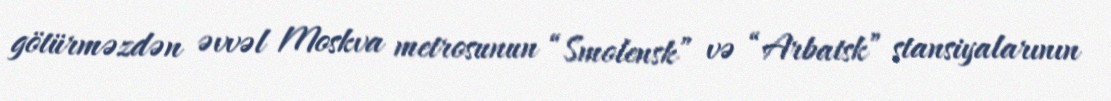
götürməzdən əvvəl Moskva metrosunun “Smolensk” və “Arbatsk” stansiyalarının